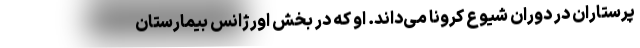
پرستاران در دوران شیوع کرونا می‌داند. او که در بخش اورژانس بیمارستان